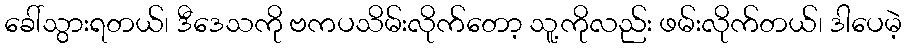
ခေါ်သွားရတယ်၊ ဒီဒေသကို ဗကပသိမ်းလိုက်တော့ သူ့ကိုလည်း ဖမ်းလိုက်တယ်၊ ဒါပေမဲ့